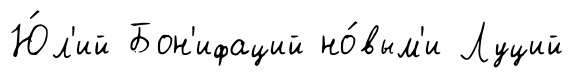
Ю́л'ий Бон'ифаций но́вым'и Луций